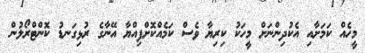
މީހެއް ކަމަށާއި އެކުދިންނަށް މީހަކު ކިރިޔާ ވެސް ކަމެއްކޮށްފިއްޔާ އޭނާގެ ރުޅިގަނޑު ކޮންޓްރޯލުން